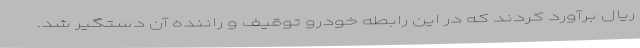
ریال برآورد کردند که در این رابطه خودرو توقیف و راننده آن دستگیر شد.